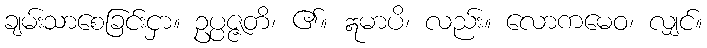
ချမ်းသာစေခြင်းငှာ။ ဥပ္ပဇ္ဇတိ၊ ၏။ ဣမာပိ၊ လည်း။ လောကမေဝ၊ လျှင်။